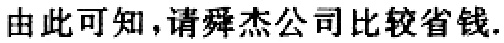
由此可知，请舜杰公司比较省钱.